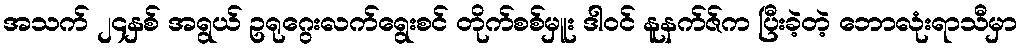
အသက် ၂၄နှစ် အရွယ် ဥရုဂွေးလက်ရွေးစင် တိုက်စစ်မှူး ဒါဝင် နူနက်ဇ်က ပြီးခဲ့တဲ့ ဘောလုံးရာသီမှာ